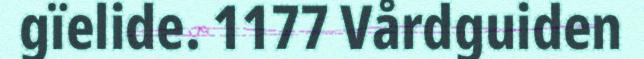
gïelide. 1177 Vårdguiden